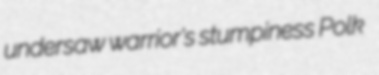
undersaw warrior's stumpiness Polk